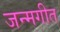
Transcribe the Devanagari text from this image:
जन्मगीत